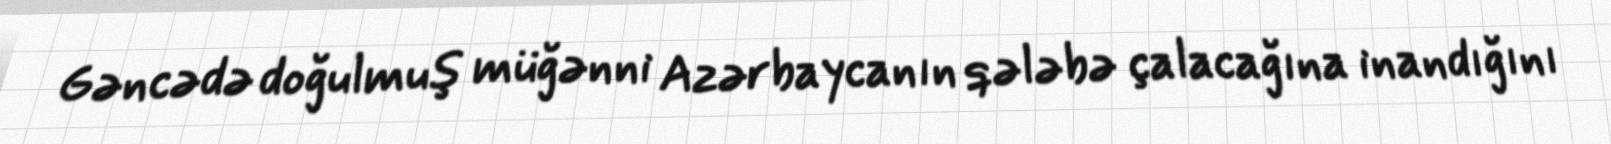
Gəncədə doğulmuş müğənni Azərbaycanın qələbə çalacağına inandığını